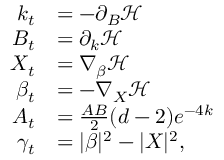
\begin{array} { r l } { k _ { t } } & { = - \partial _ { B } \mathcal { H } } \\ { B _ { t } } & { = \partial _ { k } \mathcal { H } } \\ { X _ { t } } & { = \nabla _ { \beta } \mathcal { H } } \\ { \beta _ { t } } & { = - \nabla _ { X } \mathcal { H } } \\ { A _ { t } } & { = \frac { A B } { 2 } ( d - 2 ) e ^ { - 4 k } } \\ { \gamma _ { t } } & { = | \beta | ^ { 2 } - | X | ^ { 2 } , } \end{array}